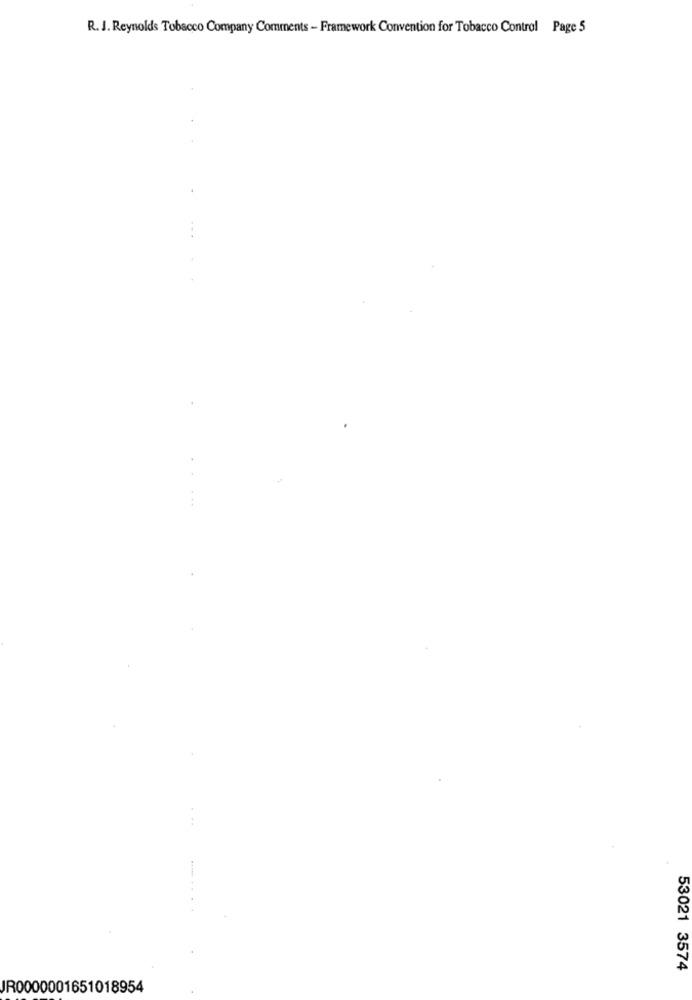
R. J. Reynolds Tobacco Company Comments - Framework Convention for Tobacco Control Page 5
53021 3574
JR0000001651018954